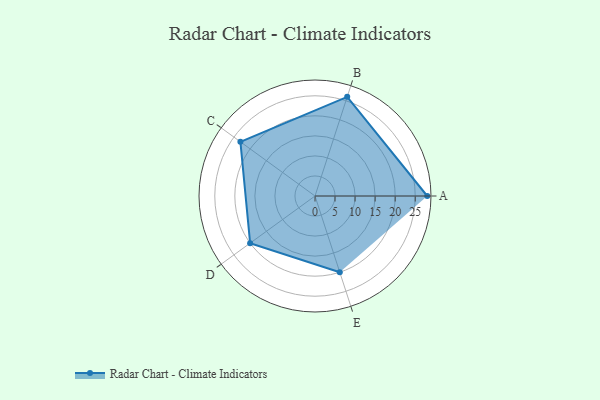
{"axis": {"x": "Skill", "y": "Score"}, "legend": ["Profile"], "data": [{"x": "A", "y": 28.0, "type": "Profile"}, {"x": "B", "y": 26.0, "type": "Profile"}, {"x": "C", "y": 23.0, "type": "Profile"}, {"x": "D", "y": 20.0, "type": "Profile"}, {"x": "E", "y": 20, "type": "Profile"}]}